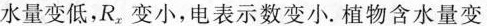
水量变低，R_{x}，变小，电表示数变小。植物含水量变